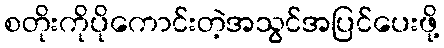
စတိုးကိုပိုကောင်းတဲ့အသွင်အပြင်ပေးဖို့